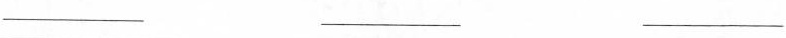
___ ___ ___